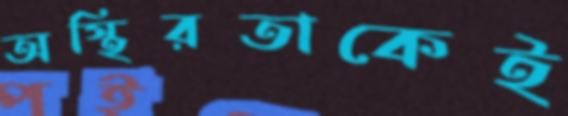
অস্থিরতাকেই